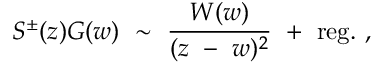
S ^ { \pm } ( z ) G ( w ) { } ~ \sim { } ~ { \frac { W ( w ) } { ( z { } ~ - { } ~ w ) ^ { 2 } } } { } ~ + { } ~ \mathrm { r e g } . { } ~ ,